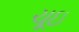
ચૂઇ